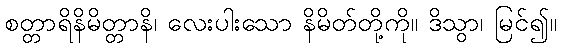
စတ္တာရိနိမိတ္တာနိ၊ လေးပါးသော နိမိတ်တို့ကို။ ဒိသွာ၊ မြင်၍။